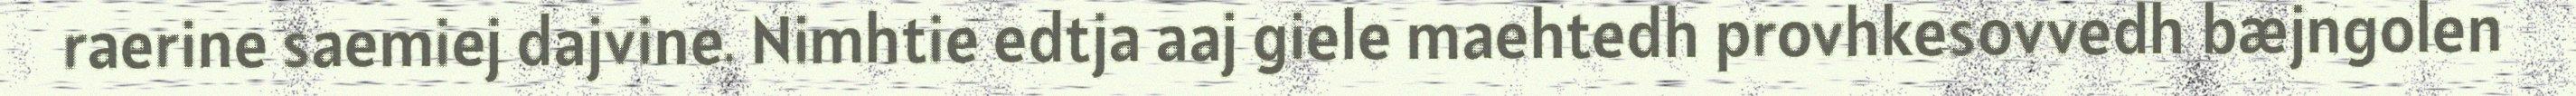
raerine saemiej dajvine. Nimhtie edtja aaj giele maehtedh provhkesovvedh bæjngolen